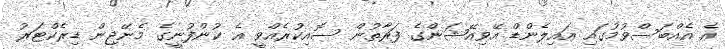
އެ އެއްބަސްވުމުގައި އައިލެންޑް އޭވިއޭޝަންގެ ފަރާތުން ސޮއިކުރެއްވީ އެ ކުންފުނީގެ މެނޭޖިން ޑިރެކްޓަރު